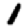
Digit: 1